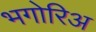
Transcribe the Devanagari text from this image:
भगोरिअ